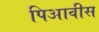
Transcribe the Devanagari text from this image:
पिआवीस